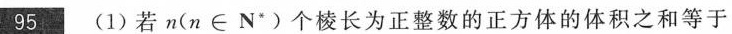
95 (1)若n(n\in N*)个棱长为正整数的正方体的体积之和等于